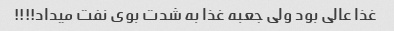
غذا عالى بود ولى جعبه غذا به شدت بوى نفت میداد!!!!